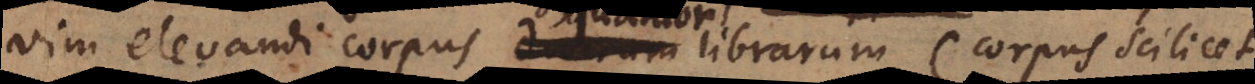
vim elevandi corpus duarum librarum (corpus scilicet